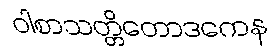
ဝါစာသတ္တိတောဒကေန